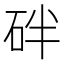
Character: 𥑍